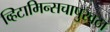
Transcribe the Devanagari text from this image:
व्हिटामिन्सचापुरवठा